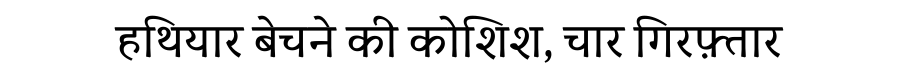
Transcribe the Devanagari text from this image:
हथियार बेचने की कोशिश, चार गिरफ़्तार